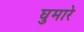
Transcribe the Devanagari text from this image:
घुमारे